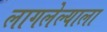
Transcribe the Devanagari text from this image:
लागलेल्याला